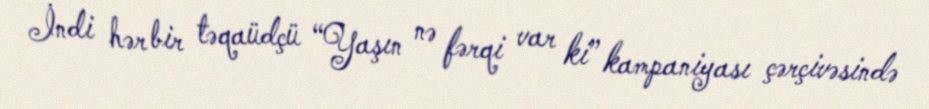
İndi hər bir təqaüdçü “Yaşın nə fərqi var ki” kampaniyası çərçivəsində